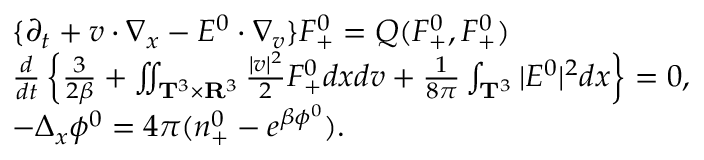
\begin{array} { r l } & { \{ \partial _ { t } + v \cdot \nabla _ { x } - E ^ { 0 } \cdot \nabla _ { v } \} F _ { + } ^ { 0 } = Q ( F _ { + } ^ { 0 } , F _ { + } ^ { 0 } ) } \\ & { \frac { d } { d t } \left\{ \frac { 3 } { 2 \beta } + \iint _ { \mathbf T ^ { 3 } \times \mathbf R ^ { 3 } } \frac { | v | ^ { 2 } } { 2 } F _ { + } ^ { 0 } d x d v + \frac { 1 } { 8 \pi } \int _ { \mathbf T ^ { 3 } } | E ^ { 0 } | ^ { 2 } d x \right\} = 0 , } \\ & { - \Delta _ { x } \phi ^ { 0 } = 4 \pi ( n _ { + } ^ { 0 } - e ^ { \beta \phi ^ { 0 } } ) . } \end{array}